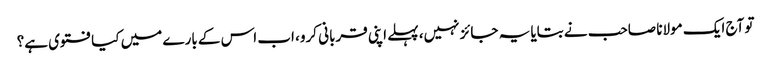
تو آج ایک مولانا صاحب نے بتایا یہ جائز نہیں، پہلے اپنی قربانی کرو، اب اس کے بارے میں کیا فتوی ہے؟